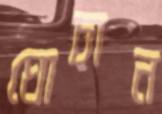
ঘোচান